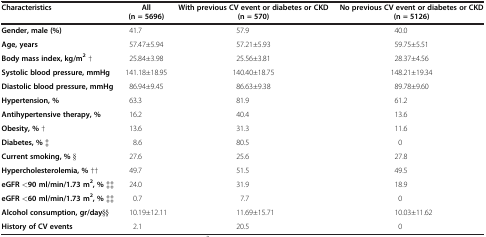
| Characteristics | All | With previous CV event or diabetes or CKD | No previous CV event or diabetes or CKD |
 |  | (n = 5696) | (n = 570) | (n = 5126) |
 | --- | --- | --- | --- |
 | Gender, male (%) | 41.7 | 57.9 | 40.0 |
 | Age, years | 57.47±5.94 | 57.21±5.93 | 59.75±5.51 |
 | Body mass index, kg/m2 † | 25.84±3.98 | 25.56±3.81 | 28.37±4.56 |
 | Systolic blood pressure, mmHg | 141.18±18.95 | 140.40±18.75 | 148.21±19.34 |
 | Diastolic blood pressure, mmHg | 86.94±9.45 | 86.63±9.38 | 89.78±9.60 |
 | Hypertension, % | 63.3 | 81.9 | 61.2 |
 | Antihypertensive therapy, % | 16.2 | 40.4 | 13.6 |
 | Obesity, % † | 13.6 | 31.3 | 11.6 |
 | Diabetes, % ‡ | 8.6 | 80.5 | 0 |
 | Current smoking, % § | 27.6 | 25.6 | 27.8 |
 | Hypercholesterolemia, % †† | 49.7 | 51.5 | 49.5 |
 | eGFR <90 ml/min/1.73 m2, % ‡‡ | 24.0 | 31.9 | 18.9 |
 | eGFR <60 ml/min/1.73 m2, % ‡‡ | 0.7 | 7.7 | 0 |
 | Alcohol consumption, gr/day§§ | 10.19±12.11 | 11.69±15.71 | 10.03±11.62 |
 | History of CV events | 2.1 | 20.5 | 0 |